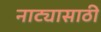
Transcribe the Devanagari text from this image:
नाट्यासाठी